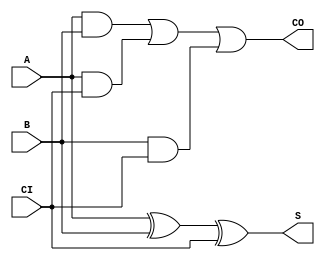
module fullAdder(A, B, CI, S, CO);

  // inputs
  input A;
  input B;
  input CI;
  
  // outputs
  output S;
  output CO;

  assign S = (A ^ B ^ CI);
  assign CO = (A & B) | (A & CI) | (B & CI);


endmodule